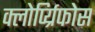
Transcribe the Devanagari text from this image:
क्लोर्प्य्रिफोस